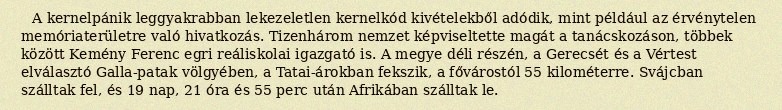
A kernelpánik leggyakrabban lekezeletlen kernelkód kivételekből adódik, mint például az érvénytelen memóriaterületre való hivatkozás. Tizenhárom nemzet képviseltette magát a tanácskozáson, többek között Kemény Ferenc egri reáliskolai igazgató is. A megye déli részén, a Gerecsét és a Vértest elválasztó Galla-patak völgyében, a Tatai-árokban fekszik, a fővárostól 55 kilométerre. Svájcban szálltak fel, és 19 nap, 21 óra és 55 perc után Afrikában szálltak le.